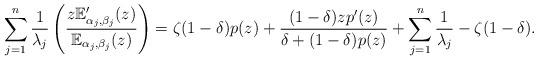
LaTeX: \begin{align*}\sum_{j=1}^{n}\frac{1}{\lambda _{j}}\left( \frac{z\mathbb{E}_{\alpha_{j},\beta _{j}}^{\prime }(z)}{\mathbb{E}_{\alpha _{j},\beta _{j}}(z)}\right) =\zeta (1-\delta )p(z)+\frac{(1-\delta )zp^{\prime }(z)}{\delta+(1-\delta )p(z)}+\sum_{j=1}^{n}\frac{1}{\lambda _{j}}-\zeta (1-\delta ).\end{align*}